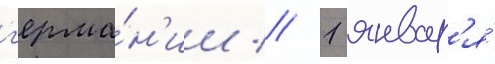
г'ерма́н'ии // 1 январ'я́